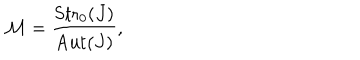
{ \cal M } = { \frac { \mathrm { S t r } _ { 0 } ( J ) } { \mathrm { A u t } ( J ) } } ,